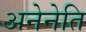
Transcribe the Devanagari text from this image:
अनेनेति